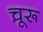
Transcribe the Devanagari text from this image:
चू़रू